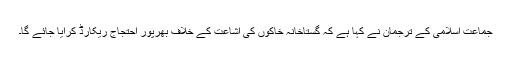
جماعت اسلامی کے ترجمان نے کہا ہے کہ گستاخانہ خاکوں کی اشاعت کے خلاف بھرپور احتجاج ریکارڈ کرایا جائے گا۔